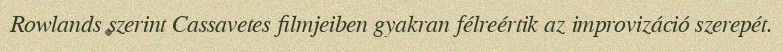
Rowlands szerint Cassavetes filmjeiben gyakran félreértik az improvizáció szerepét.